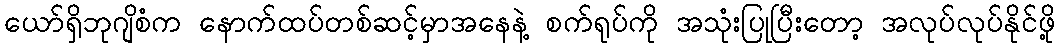
ယော်ရှိဘုဂျိစံက နောက်ထပ်တစ်ဆင့်မှာအနေနဲ့ စက်ရုပ်ကို အသုံးပြုပြီးတော့ အလုပ်လုပ်နိုင်ဖို့